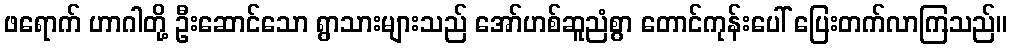
ဖရောက် ဟာဂါတို့ ဦးဆောင်သော ရွာသားများသည် အော်ဟစ်ဆူညံစွာ တောင်ကုန်းပေါ် ပြေးတက်လာကြသည်။